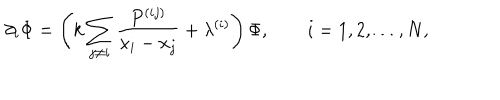
LaTeX: \partial _ { i } \Phi = \left( k \sum _ { j \ne i } \frac { P ^ { ( i j ) } } { x _ { i } - x _ { j } } + \lambda ^ { ( i ) } \right) \Phi , \qquad i = 1 , 2 , \ldots , N ,